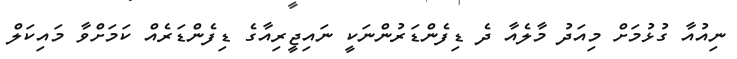
ނިއުއާ ގުޅުމަށް މިއަދު މާލެއާ ދެ ޑިފެންޑަރުންނަކީ ނައިޖީރިއާގެ ޑިފެންޑަރެއް ކަމަށްވާ މައިކަލް